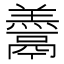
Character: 𩱋